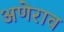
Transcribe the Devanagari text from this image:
अणेराव